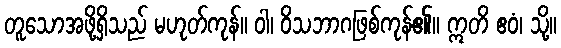
တူသောအဖို့ရှိသည် မဟုတ်ကုန်။ ဝါ၊ ဝိသဘာဂဖြစ်ကုန်၏။ ဣတိ ဧဝံ၊ သို့။